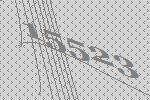
15523